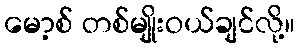
မော့စ် တစ်မျိုးဝယ်ချင်လို့။